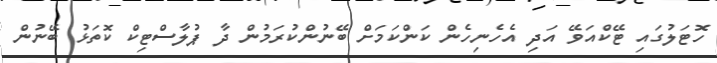
ހޮޓަލުގައި ޓޭކްއަވޭ އަދި އެހެނިހެން ކަންކަމަށް ބޭނުންކުރަމުން ދާ ޕުލާސްޓިކް ކޮތަޅު ބޭނުން